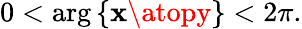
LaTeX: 0<\arg\left\{ {\mathbf{x}\atopy}\right\} <2\pi.